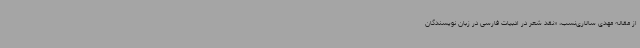
از مقاله مهدی سالاری‌نسب، «نقد شعر در ادبیات فارسی در زبان نویسندگان